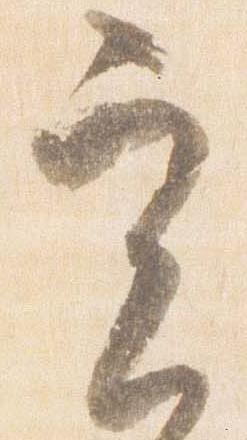
実